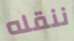
ننقله